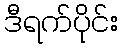
ဒီရက်ပိုင်း